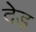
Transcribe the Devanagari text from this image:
देड़